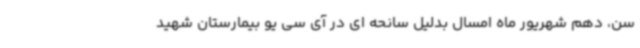
سن، دهم شهریور ماه امسال بدلیل سانحه ای در آی سی یو بیمارستان شهید